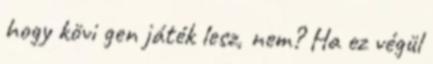
hogy kövi gen játék lesz, nem? Ha ez végül